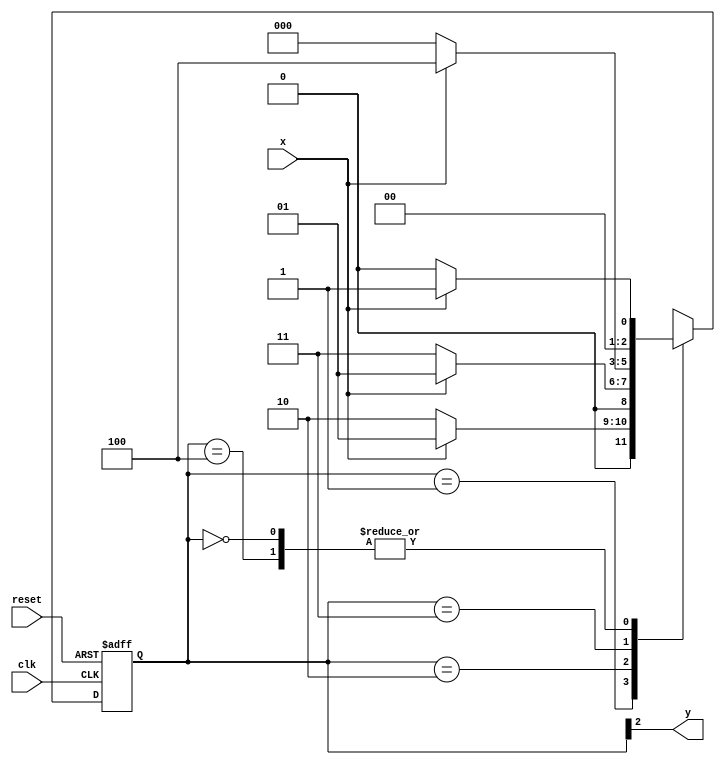
// ------------------------- 
// Exemplo0053
// Nome: Oswaldo Oliveira Paulino
// -------------------------

/*
					  _____________________________
					 /										 \
					/										  \
				  /											\
			1	 v		0			0				1		  1|
[start]--->[id1]--->[id10]--->[id100]--->[id1001]//found
  ^ \0		^ \1			1|			  1|			  0|
  \_/			\_/			 /				/				/
  	\			 \				/			  /			  /
	 \			  \________/			 /				 /
	  \			\						/				/
	   \			 \_______________/			  /
		 \												 /
		  \_________________________________/


*/

module moore1001(y,x,clk,reset);
	output y;
	input x,clk,reset;
	reg y;
	
	parameter
		start = 3'b000,
		id1 = 3'b001,
		id10 = 3'b010,
		id100 = 3'b011,
		id1001 = 3'b100;
	
	reg[2:0]E1;
	reg[2:0]E2;
	
	always @ (x or E1)
		begin
			case(E1)
				start:
					if(x)
						E2 = id1;
					else
						E2 = start;
				id1:
					if(x)
						E2 = id1;
					else
						E2 = id10;
				id10:
					if(x)
						E2 = id1;
					else
						E2 = id100;
				id100:
					if(x)
						E2 = id1001;
					else
						E2 = start;
				id1001:
						if(x)
							E2 = id1;
						else
							E2 = start;
				default:
					E2 = 3'bxxx;
			endcase
		end //always at state or signal changing
		
		always @(posedge clk or negedge reset)
			begin
				if(reset)
					E1 = E2;
				else
					E1 = 0;
			end
		
		always @ (E1)
			begin
				y = E1[2];
			end
		
endmodule // moore1001

module Exemplo0053;
	reg clk, x, reset;
	wire m;
	
	//instncia
	moore1001 moore1(m,x, clk,reset);
	
	initial begin
		
		$display("Time    X  Moore");
		
		//initial values
		clk = 1;
		reset = 0;
		x = 0;
		
		#5 reset = 1;
		#10 x = 1;
		#10 x = 0;
		#10 x = 1;
		#10 x = 0;
		#20 x = 1;
		#10 x = 0;
		#20 x = 1;
		#10 x = 0;
		#20 x = 1;
		#20 x = 0;
		#20 x = 1;
		#30 x = 0;
		#20 x = 1;
		#20 $finish;
	end
	
	always
  		#5 clk = ~clk;
	always @ (posedge clk)
		begin
			$display("%4d %4b %5b",$time,x,m);
		end
endmodule //Exemplo0052

/*
    Time    X  Moore
      10    0     0
      20    1     0
      30    0     0
      40    1     0
      50    0     0
      60    0     0
      70    1     0
      80    0     1
      90    0     0
     100    1     0
     110    0     0
     120    0     0
     130    1     0
     140    1     1
     150    0     0
     160    0     0
     170    1     0
     180    1     1
     190    1     0
     200    0     0
     210    0     0
     220    1     0
     230    1     1
*/